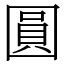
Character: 圓